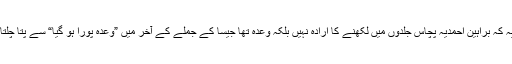
نیز یہ کہ براہین احمدیہ پچاس جلدوں میں لکھنے کا ارادہ نہیں بلکہ وعدہ تھا جیسا کے جملے کے آخر میں ”وعدہ پورا ہو گیا“ سے پتا چلتا ہے۔